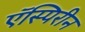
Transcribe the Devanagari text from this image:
ऍस्पिरीन